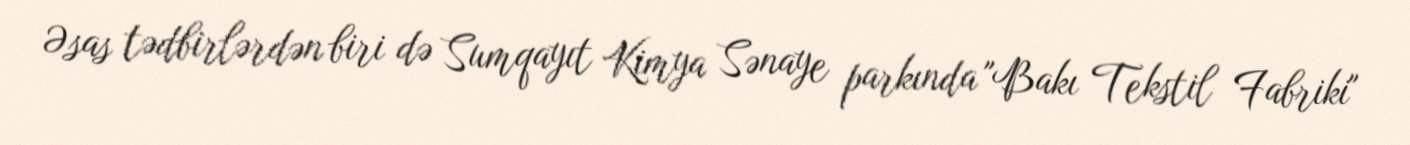
Əsas tədbirlərdən biri də Sumqayıt Kimya Sənaye parkında "Bakı Tekstil Fabriki"